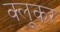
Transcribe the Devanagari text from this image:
क्लूकर